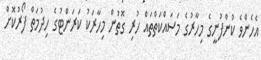
އެހެންވެ ކުންފުނީގެ މިހާރުގެ މަސައްކަތްތައް ހުރި ގޮތުން މިހާރަކު ކަރަންޓުގެ ހިދުމަތް ފޯރުކޮށް